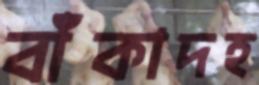
বাঁকাদহ